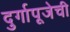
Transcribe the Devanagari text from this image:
दुर्गापूजेची